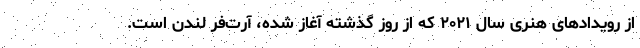
از رویدادهای هنری سال ۲۰۲۱ که از روز گذشته آغاز شده، آرت‌فر لندن است.